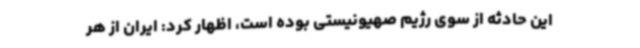
این حادثه از سوی رژیم صهیونیستی بوده است، اظهار کرد: ایران از هر